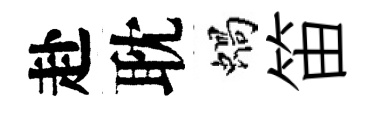
赴耽蝸笛